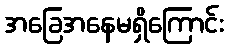
အခြေအနေမရှိကြောင်း